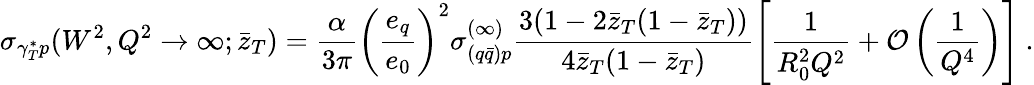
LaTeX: {\sigma}_{{\gamma}_{T}^{\ast}p}(W^{2},Q^{2}\to\infty;{\bar{z}}_{T})=\frac{\alpha}{3\pi}\left(\frac{e_{q}}{e_{0}}\right)^{2}{\sigma}_{(q{\bar{q}})p}^{(\infty)}\frac{3(1-2{\bar{z}}_{T}(1-{\bar{z}}_{T}))}{4{\bar{z}}_{T}(1-{\bar{z}}_{T})}\left\lbrack\frac{1}{R_{0}^{2}Q^{2}}+{\cal O}\left(\frac{1}{Q^{4}}\right)\right\rbrack\ .